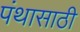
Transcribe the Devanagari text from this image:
पंथासाठी